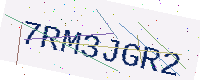
Text: 7RM3JGR2